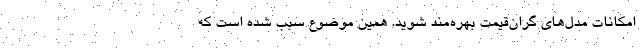
امکانات مدل‌های گران‌قیمت بهره‌مند شوید. همین موضوع سبب شده است که